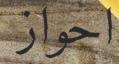
احواز